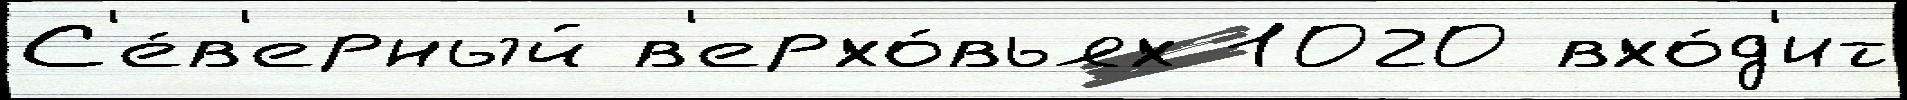
С'е́в'ерный в'ерхо́вьях 1020 вхо́д'ит